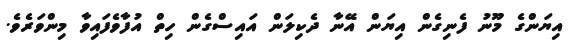
އިޔަންގެ މޫނު ފެނިގެން އިޔަން އޭނާ ދެކިލަން އައިސްގެން ހިތް އުފާވެފައިވާ މިންވަރެވެ.